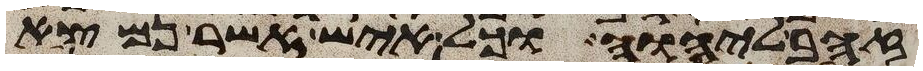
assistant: זהב ליהוה וכל איש אשר נמצא